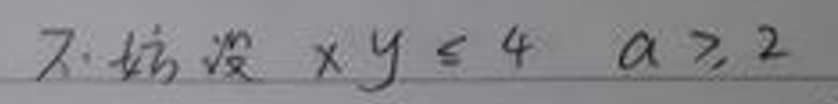
7. 不妨设$\ xy\leqslant4\ \ a\geqslant2$